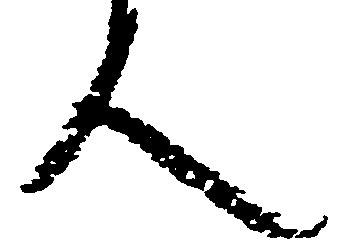
人